Document type: payment_order
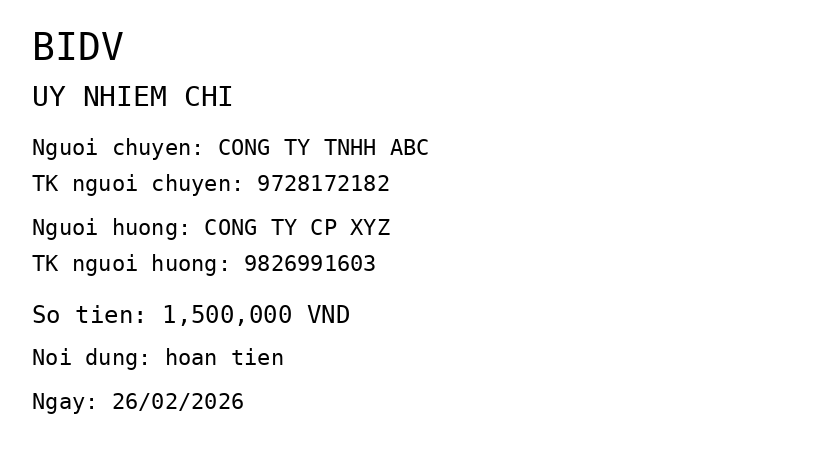
OCR transcript:
BIDV
UY NHIEM CHI
Nguoi chuyen: CONG TY TNHH ABC
TK nguoi chuyen: 9728172182
Nguoi huong: CONG TY CP XYZ
TK nguoi huong: 9826991603
So tien: 1,500,000 VND
Noi dung: hoan tien
Ngay: 26/02/2026
Extracted fields:
bank_name: bidv
sender_name: cong ty tnhh abc
sender_account: 9728172182
beneficiary_name: cong ty cp xyz
beneficiary_account: 9826991603
amount: 1500000
content: hoan tien
date: 2026-02-26